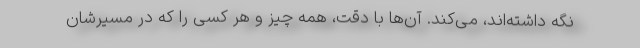
نگه داشته‌اند، می‌کند. آن‌ها با دقت، همه چیز و هر کسی را که در مسیرشان